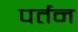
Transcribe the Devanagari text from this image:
पर्तन